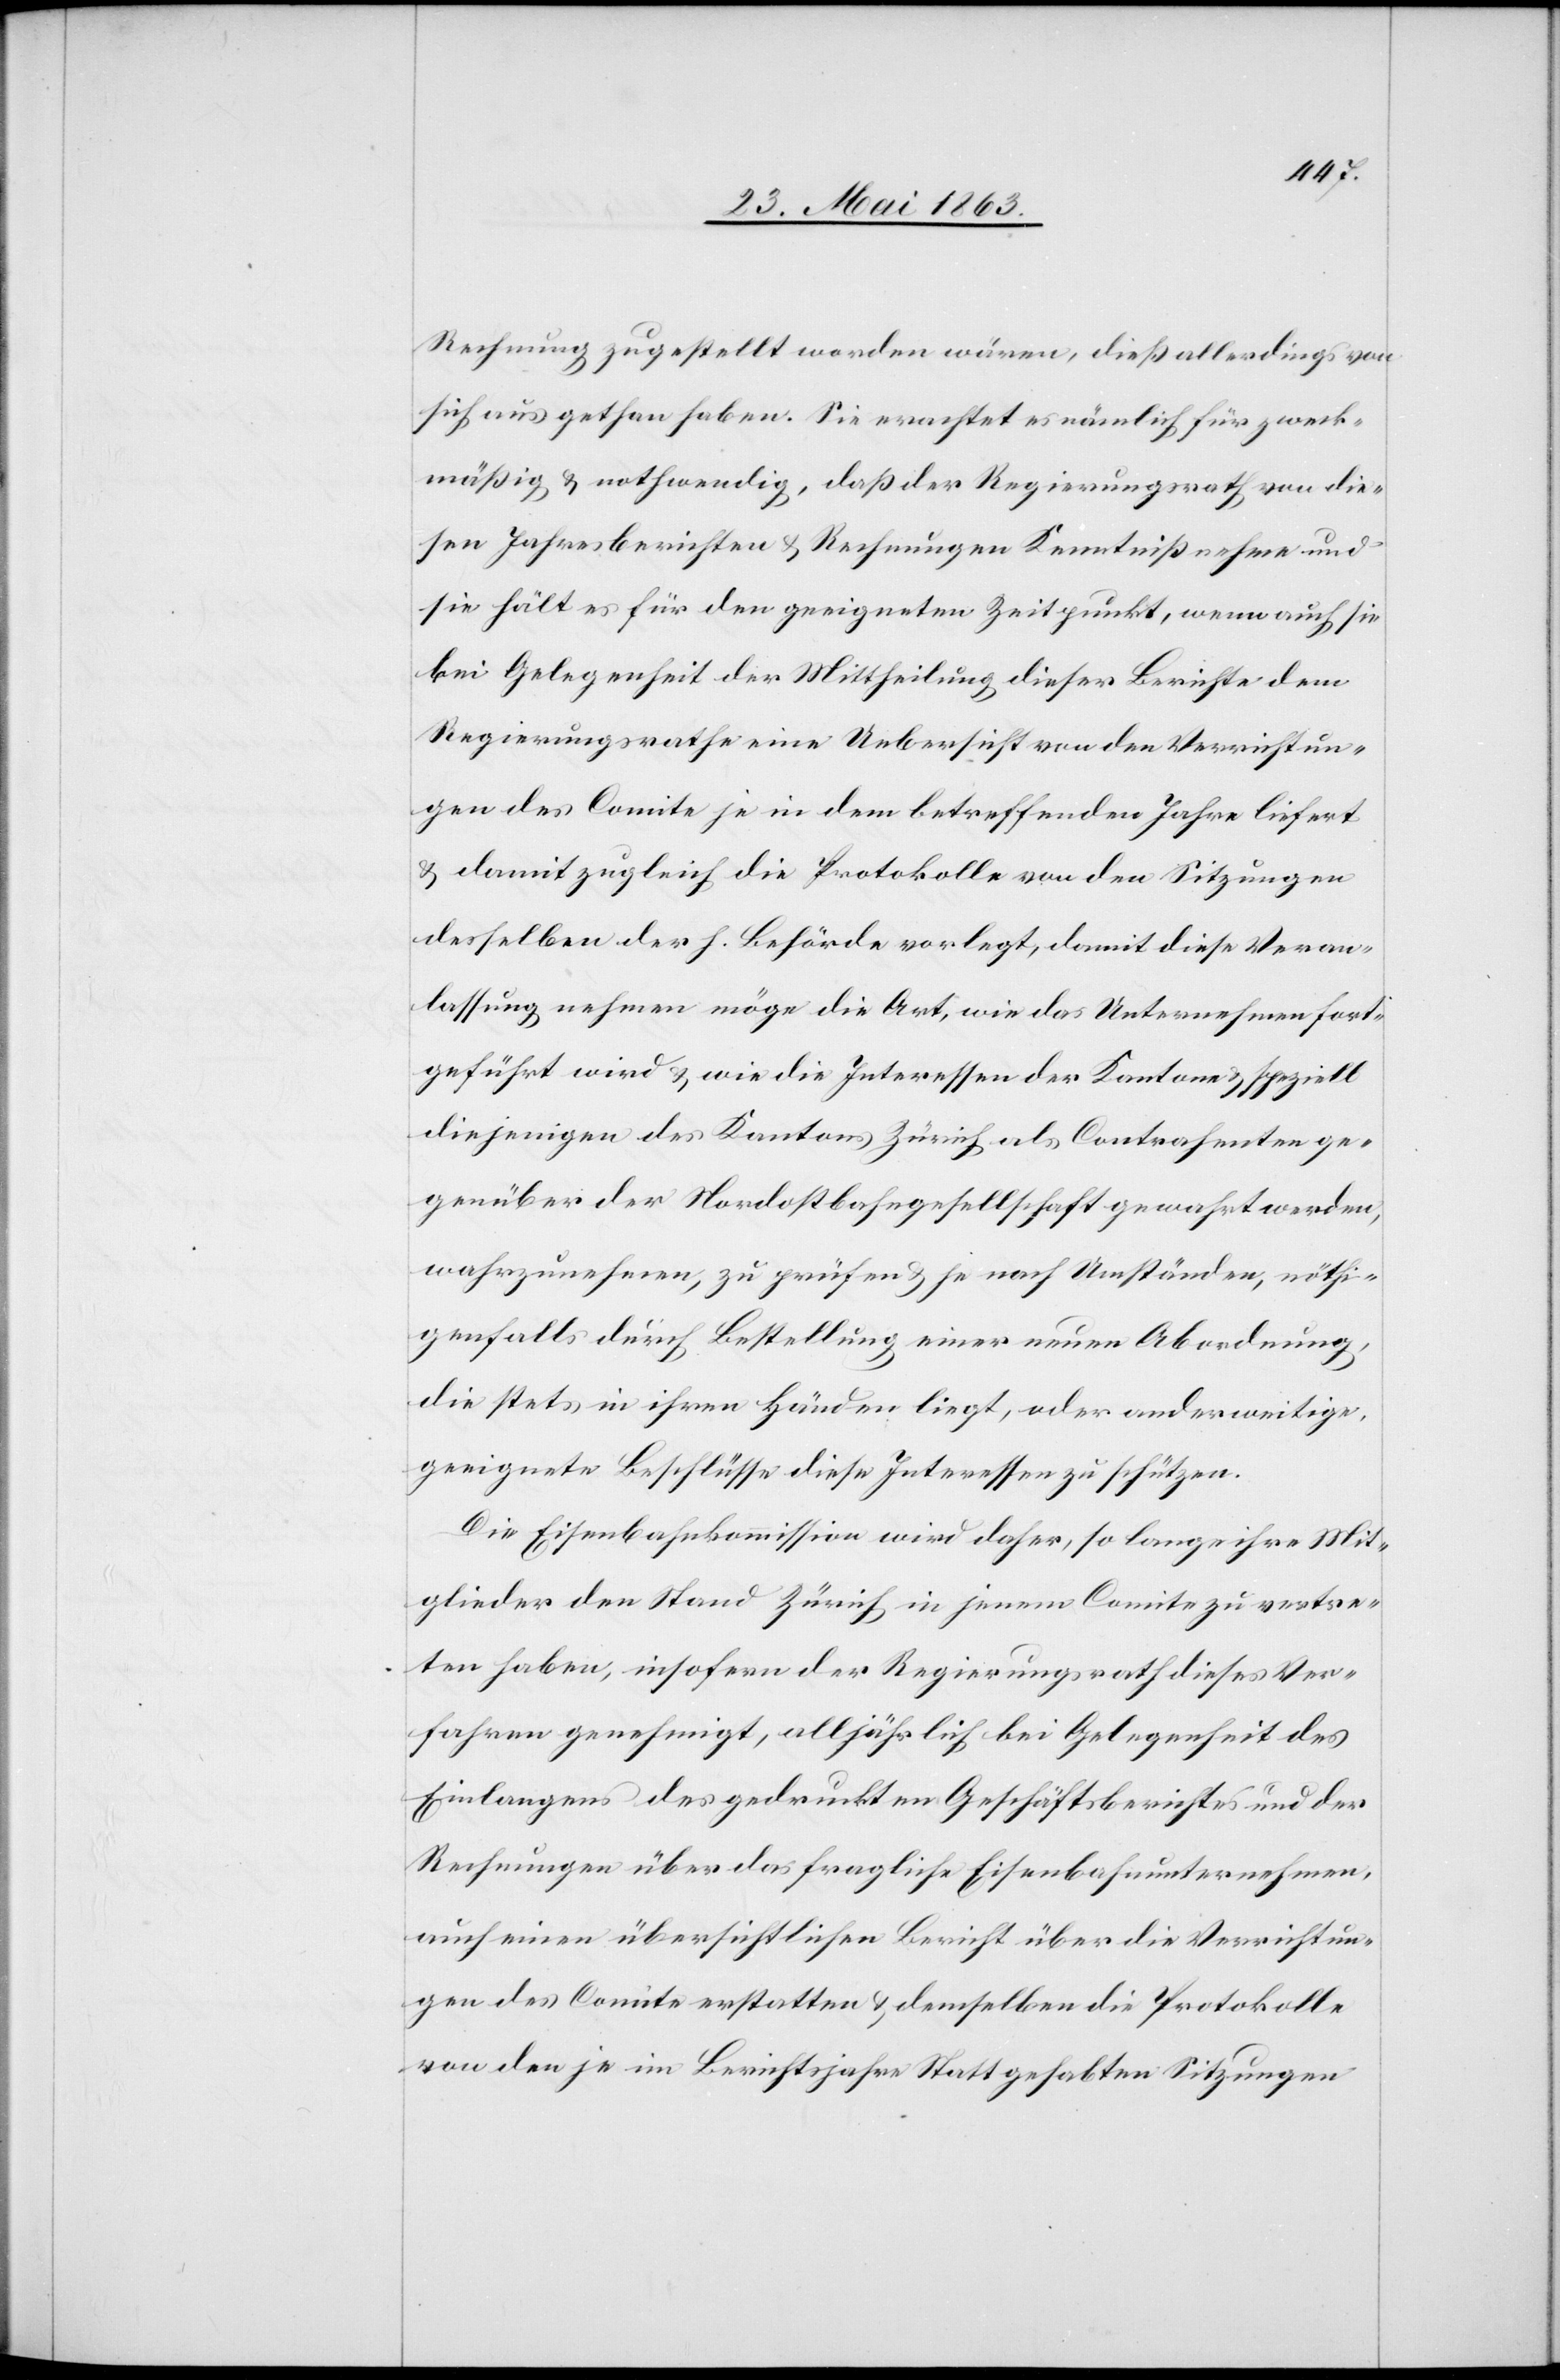
Rechnung zugestellt worden wären, dieß allerdings von
sich aus gethan haben. Sie erachtet es nämlich für zweck¬
mäßig & nothwendig, daß der Regierungsrath von die¬
sen Jahresberichten & Rechnungen Kenntniß nehme und
sie hält es für den geeigneten Zeitpunkt, wenn auch sie
bei Gelegenheit der Mittheilung dieser Berichte dem
Regierungsrathe eine Uebersicht von den Verrichtun¬
gen des Comite je in dem betreffenden Jahre liefert
& damit zugleich die Protokolle von den Sitzungen
desselben der h. Behörde vorlegt, damit diese Veran¬
lassung nehmen möge die Art, wie das Unternehmen fort¬
geführt wird & wie die Interessen der Kantone & speziell
diejenigen des Kantons Zürich als Contrahenten ge¬
genüber der Nordostbahngesellschaft gewährt werden,
wahrzunehmen, zu prüfen & je nach Umständen, nöthi¬
genfalls durch Bestellung einer neuen Abordnung,
die stets in ihren Händen liegt, oder anderweitige
geeignete Beschlüsse diese Interessen zu schützen.
Die Eisenbahnkommission wird daher, so lange ihre Mit¬
glieder den Stand Zürich in jenem Comite zu vertre¬
ten haben, insofern der Regierungsrath dieses Ver¬
fahren genehmigt, alljährlich bei Gelegenheit des
Einlangens des gedruckten Geschäftsberichtes und der
Rechnungen über das fragliche Eisenbahnunternehmen,
auch einen übersichtlichen Bericht über die Verrichtun¬
gen des Comite erstatten & demselben die Protokolle
von den je im Berichtsjahre Stattgehabten Sitzungen